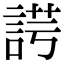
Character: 𧨄